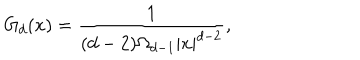
G _ { d } ( x ) = \frac { 1 } { ( d - 2 ) \Omega _ { d - 1 } | x | ^ { d - 2 } } ,